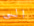
الى